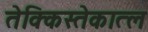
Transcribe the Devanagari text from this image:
तेक्किस्तेकात्ल